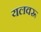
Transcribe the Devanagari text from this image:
यलवरू